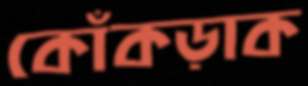
কোঁকড়াক